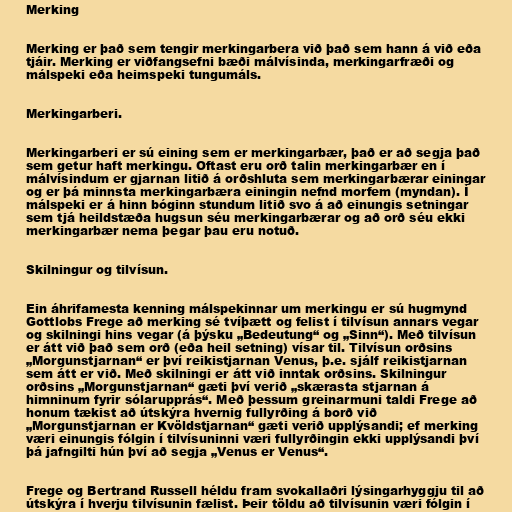
Merking

Merking er það sem tengir merkingarbera við það sem hann á við eða
tjáir. Merking er viðfangsefni bæði málvísinda, merkingarfræði og
málspeki eða heimspeki tungumáls.

Merkingarberi.

Merkingarberi er sú eining sem er merkingarbær, það er að segja það
sem getur haft merkingu. Oftast eru orð talin merkingarbær en í
málvísindum er gjarnan litið á orðshluta sem merkingarbærar einingar
og er þá minnsta merkingarbæra einingin nefnd morfem (myndan). Í
málspeki er á hinn bóginn stundum litið svo á að einungis setningar
sem tjá heildstæða hugsun séu merkingarbærar og að orð séu ekki
merkingarbær nema þegar þau eru notuð.

Skilningur og tilvísun.

Ein áhrifamesta kenning málspekinnar um merkingu er sú hugmynd
Gottlobs Frege að merking sé tvíþætt og felist í tilvísun annars vegar
og skilningi hins vegar (á þýsku „Bedeutung“ og „Sinn“). Með tilvísun
er átt við það sem orð (eða heil setning) vísar til. Tilvísun orðsins
„Morgunstjarnan“ er því reikistjarnan Venus, þ.e. sjálf reikistjarnan
sem átt er við. Með skilningi er átt við inntak orðsins. Skilningur
orðsins „Morgunstjarnan“ gæti því verið „skærasta stjarnan á
himninum fyrir sólarupprás“. Með þessum greinarmuni taldi Frege að
honum tækist að útskýra hvernig fullyrðing á borð við
„Morgunstjarnan er Kvöldstjarnan“ gæti verið upplýsandi; ef merking
væri einungis fólgin í tilvísuninni væri fullyrðingin ekki upplýsandi því
þá jafngilti hún því að segja „Venus er Venus“.

Frege og Bertrand Russell héldu fram svokallaðri lýsingarhyggju til að
útskýra í hverju tilvísunin fælist. Þeir töldu að tilvísunin væri fólgin í